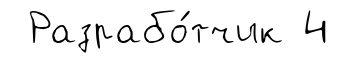
Разрабо́тчик 4